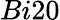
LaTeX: Bi20